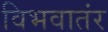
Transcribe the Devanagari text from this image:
विभवातंर